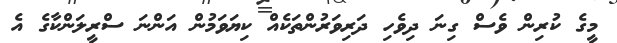
މީގެ ކުރިން ވެސް ގިނަ ދިވެހި ދަރިވަރުންތަކެއް ކިޔަވަމުން އަންނަ ސްރީލަންކާގެ އެ